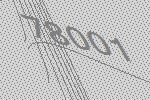
78001